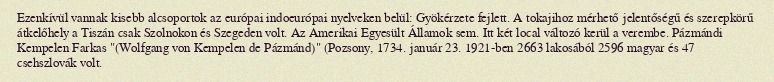
Ezenkívül vannak kisebb alcsoportok az európai indoeurópai nyelveken belül: Gyökérzete fejlett. A tokajihoz mérhető jelentőségű és szerepkörű átkelőhely a Tiszán csak Szolnokon és Szegeden volt. Az Amerikai Egyesült Államok sem. Itt két local változó kerül a verembe. Pázmándi Kempelen Farkas "(Wolfgang von Kempelen de Pázmánd)" (Pozsony, 1734. január 23. 1921-ben 2663 lakosából 2596 magyar és 47 csehszlovák volt.